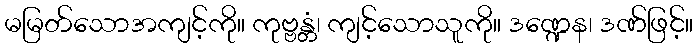
မမြတ်သောအကျင့်ကို။ ကုဗ္ဗန္တံ၊ ကျင့်သောသူကို။ ဒဏ္ဍေန၊ ဒဏ်ဖြင့်။